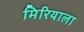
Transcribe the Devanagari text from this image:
मिरियाला